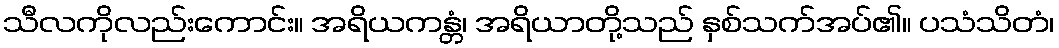
သီလကိုလည်းကောင်း။ အရိယကန္တံ၊ အရိယာတို့သည် နှစ်သက်အပ်၏။ ပသံသိတံ၊